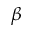
\beta